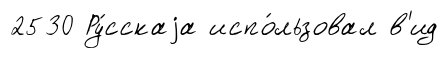
2530 Ру́сскаjа испо́льзовал в'ид